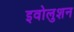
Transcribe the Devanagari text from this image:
इवोलुशन